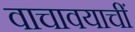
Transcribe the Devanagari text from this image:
वाचावयाचीं